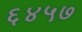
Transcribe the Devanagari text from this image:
६४५७